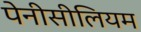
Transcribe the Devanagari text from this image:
पेनीसीलियम